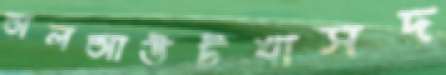
অলআউটখাসদ